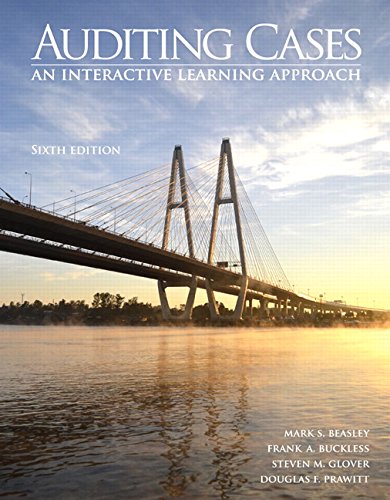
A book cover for Auditing Cases: An Interactive Learning Approach (6th Edition); Mark S. Beasley; Business & Money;